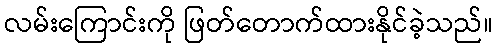
လမ်းကြောင်းကို ဖြတ်တောက်ထားနိုင်ခဲ့သည်။